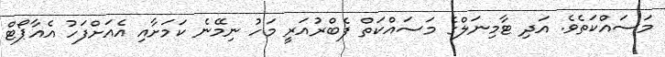
މަސައްކަތެވެ. އަދި ޓާމިނަލްގެ މަސައްކަތް ފެބްރުއަރީ މަހު ނިމޭނެ ކަމަށާއި އެއަށްފަހު އެއާޕޯޓް